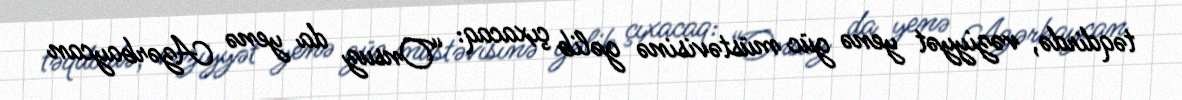
təqdirdə, vəziyyət yenə güc müstəvisinə gəlib çıxacaq: “Onsuz da yenə Azərbaycan